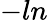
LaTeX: -ln